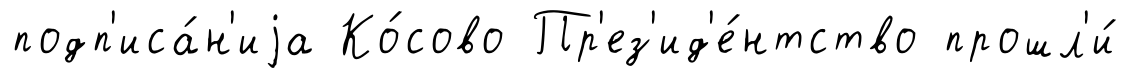
подп'иса́н'иjа Ко́сово Пр'ез'ид'е́нтство прошл'и́